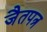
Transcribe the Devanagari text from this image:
जैतपत्र